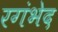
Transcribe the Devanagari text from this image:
रगंभेद